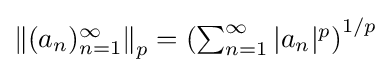
{\textstyle \left\|(a_{n})_{n=1}^{\infty }\right\|_{p}=\left(\sum _{n=1}^{\infty }|a_{n}|^{p}\right)^{1/p}}